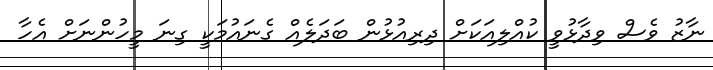
ނާޒު ވެސް ވިދާޅުވީ ކުއްލިއަކަށް ދިރިއުޅުން ބަދަލެއް ގެނައުމަކީ ގިނަ މީހުންނަށް އެހާ